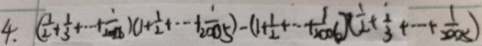
4 . ( \frac { 1 } { 2 } + \frac { 1 } { 3 } + \cdots + \frac { 1 } { 2 0 0 6 } ) ( 1 + \frac { 1 } { 2 } + \cdots + \frac { 1 } { 2 0 0 5 } ) - ( 1 + \frac { 1 } { 2 } + \cdots + \frac { 1 } { 2 0 0 6 } ) ( \frac { 1 } { 2 } + \frac { 1 } { 3 } + \cdots + \frac { 1 } { 2 0 0 5 } )